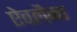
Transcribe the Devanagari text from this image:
ऐवलैन्च